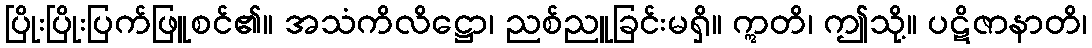
ပြိုးပြိုးပြက်ဖြူစင်၏။ အသံကိလိဋ္ဌော၊ ညစ်ညူခြင်းမရှိ။ ဣတိ၊ ဤသို့။ ပဋိဇာနာတိ၊